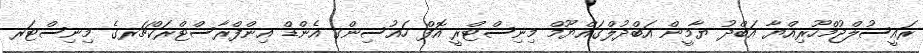
ރައީސުލްޖުމްހޫރިއްޔާ އަބްދު ޔާމީން އަބްދުލްގައްޔޫމް މިނިސްޓްރީ އޮފް ހައުސިންގ އެންޑް އިންފްރާސްޓްރަކްޗަރގެ މިނިސްޓަރ